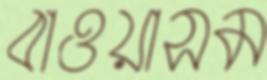
বাওয়াসম